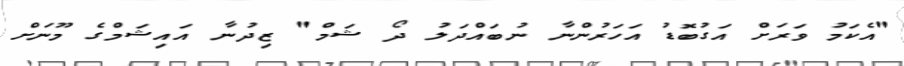
"އެކަމު ވަރަށް އަގުބޮޑު އަހަރުންނާ ނުބައްދަލު ދޯ ޝަމް" ޒިދުނާ އައިޝަމްގެ މޫނަށް